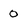
Character: 0